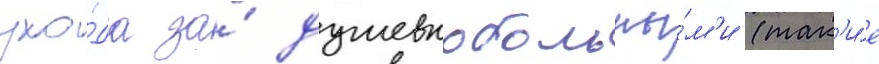
ухо́да за́ душевнобольны́м'и (так'и́е